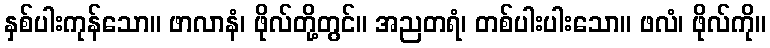
နှစ်ပါးကုန်သော။ ဖာလာနံ၊ ဖိုလ်တို့တွင်။ အညတရံ၊ တစ်ပါးပါးသော။ ဖလံ၊ ဖိုလ်ကို။